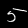
Label: 5